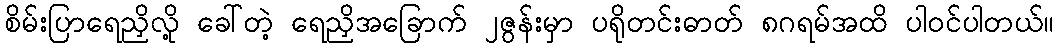
စိမ်းပြာရေညှိလို့ ခေါ်တဲ့ ရေညှိအခြောက် ၂ဇွန်းမှာ ပရိုတင်းဓာတ် ၈ဂရမ်အထိ ပါဝင်ပါတယ်။